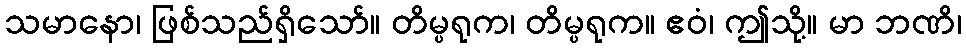
သမာနော၊ ဖြစ်သည်ရှိသော်။ တိမ္ပရုက၊ တိမ္ပရုက။ ဧဝံ၊ ဤသို့။ မာ ဘဏိ၊